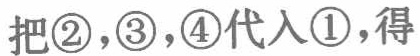
把\textcircled{2}，\textcircled{3}，\textcircled{4}代入\textcircled{1}，得